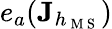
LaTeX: e_{a}(\mathbf{J}_{h_{\mathrm{~M~S~}}})